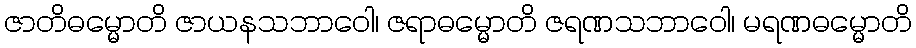
ဇာတိဓမ္မောတိ ဇာယနသဘာဝေါ၊ ဇရာဓမ္မောတိ ဇရဏသဘာဝေါ၊ မရဏဓမ္မောတိ